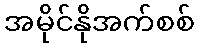
အမိုင်နိုအက်စစ်